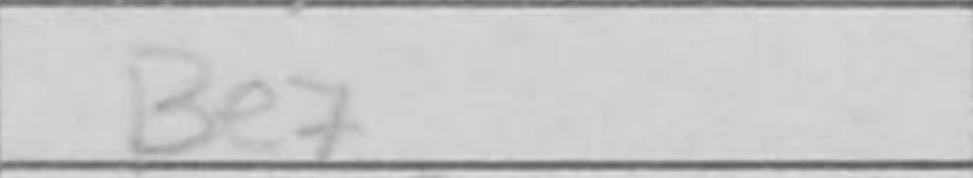
Transcription: Be7